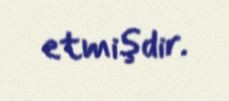
etmişdir.